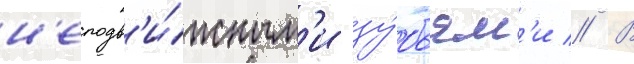
н'еподв'и́жным'и зу́бьям'и // В